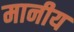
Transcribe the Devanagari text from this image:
मानीय